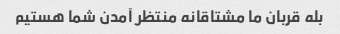
بله قربان ما مشتاقانه منتظر آمدن شما هستیم